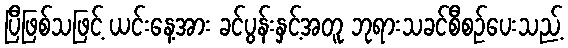
ပြီဖြစ်သဖြင့် ယင်းနေ့အား ခင်ပွန်းနှင့်အတူ ဘုရားသခင်စီစဉ်ပေးသည့်